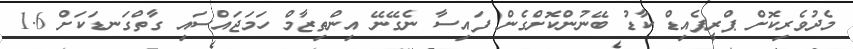
މެދުވެރިކޮށް ޕްރީޕެއިޑް ކާޑު ބޭނުންކޮށްގެން ފައިސާ ނެގޭނޭ އިންތިޒާމް ހަމަޖައްސައި ގާތްގަނޑަކަށް 1.6